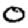
Digit: 0